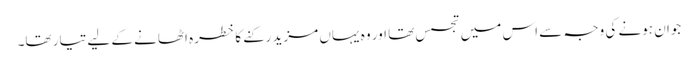
جوان ہونے کی وجہ سے اس میں تجسس تھا اور وہ یہاں مزید رکنے کا خطرہ اٹھانے کے لیے تیار تھا۔